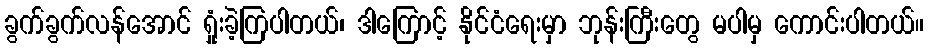
ခွက်ခွက်လန်အောင် ရှုံးခဲ့ကြပါတယ်၊ ဒါကြောင့် နိုင်ငံရေးမှာ ဘုန်းကြီးတွေ မပါမှ ကောင်းပါတယ်။